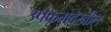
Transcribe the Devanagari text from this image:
उपक्रमदेखील